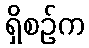
ရှိစဉ်က